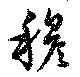
穆